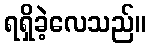
ရရှိခဲ့လေသည်။